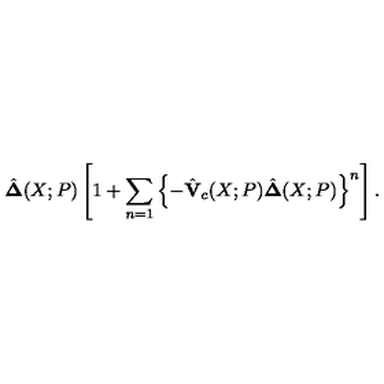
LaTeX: \hat { \bf \Delta } ( X ; P ) \left[ 1 + \sum _ { n = 1 } \left\{ - \hat { \bf V } _ { c } ( X ; P ) \hat { \bf \Delta } ( X ; P ) \right\} ^ { n } \right] .